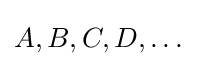
A,B,C,D,\dots